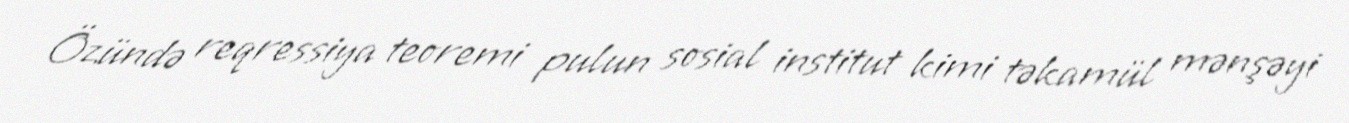
Özündə reqressiya teoremi pulun sosial institut kimi təkamül mənşəyi